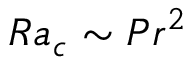
R a _ { c } \sim P r ^ { 2 }